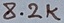
Text: 8.2K